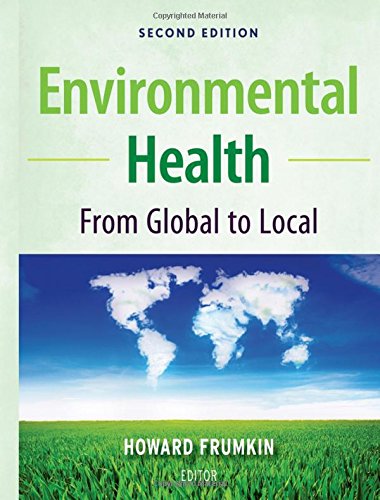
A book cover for Environmental Health: From Global to Local; Howard Frumkin; Medical Books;